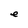
Character: e